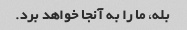
بله، ما را به آنجا خواهد برد.